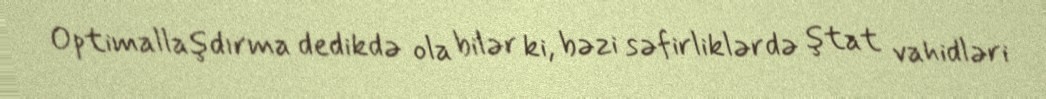
Optimallaşdırma dedikdə ola bilər ki, bəzi səfirliklərdə ştat vahidləri